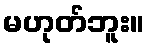
မဟုတ်ဘူး။